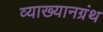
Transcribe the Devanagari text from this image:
व्याख्यानग्रंथ